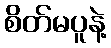
စိတ်မပူနဲ့